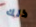
ذلك